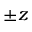
\pm z